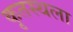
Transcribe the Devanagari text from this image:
कृतस्थला